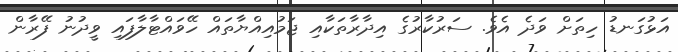
އަޅުގަނޑު ހިތަށް ވަދެ އެވެ. ސަރުކާރުގެ އިދާރާތަކާއި ޖަމުއިއްޔާތައް ހޭވައްޓާލާފައި ވީދުނު ފޭރާން